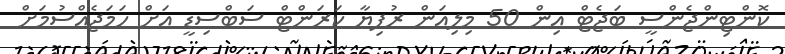
ކޮންޓިންޖެންސީ ބަޖެޓް އިން 50 މިލިއަން ރުފިޔާ ކަރަންޓް ސަބްސިޑީ އަށް ހަމަޖެއްސުމަށް